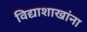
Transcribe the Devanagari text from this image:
विद्याशाखांना